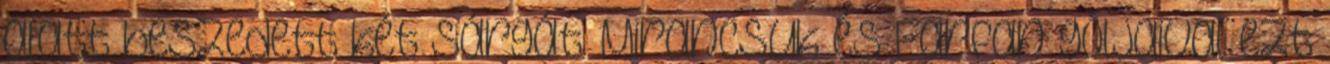
alatt beszedett két sárgát. Mirancsuk és Farfan góljaival ezt